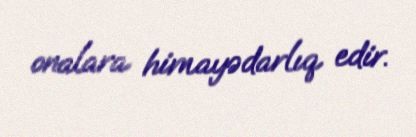
onalara himayədarlıq edir.